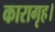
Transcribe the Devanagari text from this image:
कारागृह।